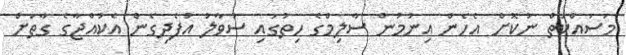
މަސައްކަތް ނުކޮށް އެހެން އިނުމުން ސާލިމްގެ ހިތުގައި ސުވާލު އުފެދިގެން އެކުއްޖާގެ ގާތަށް